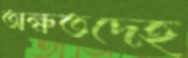
অক্ষতদেহ